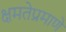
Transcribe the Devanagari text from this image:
क्षमतेप्रमाणे